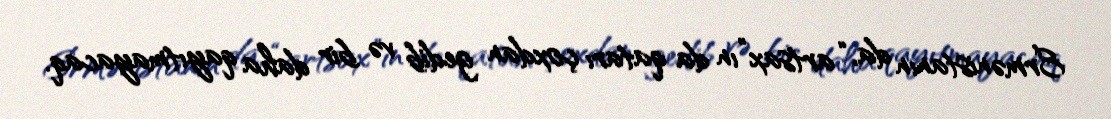
Ermənistanın da, “artsax”ın da qatarı çoxdan gedib və bir daha qayıtmayacaq.